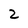
Character: 2